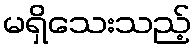
မရှိသေးသည့်